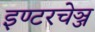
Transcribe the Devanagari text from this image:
इण्टरचेञ्ज